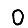
Digit: 0